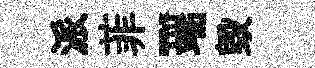
派菲-端毀